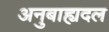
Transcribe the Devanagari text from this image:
अनुबाह्यदल